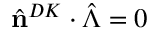
\hat { \mathbf { n } } ^ { D K } \cdot \hat { \boldsymbol { \Lambda } } = 0